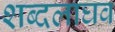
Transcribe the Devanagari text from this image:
शब्दलाघव